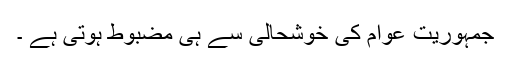
جمہوریت عوام کی خوشحالی سے ہی مضبوط ہوتی ہے ۔